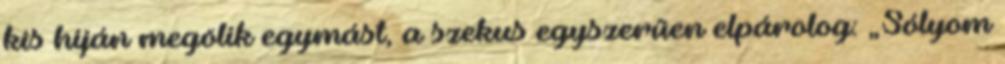
kis híján megölik egymást, a szekus egyszerűen elpárolog: „Sólyom